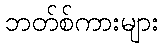
ဘတ်စ်ကားများ